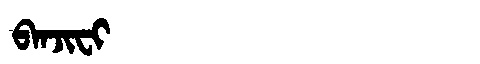
Manchu: ᠪᠠᠨᠵᡳᠸᡳ
Romanization: BANJIFI